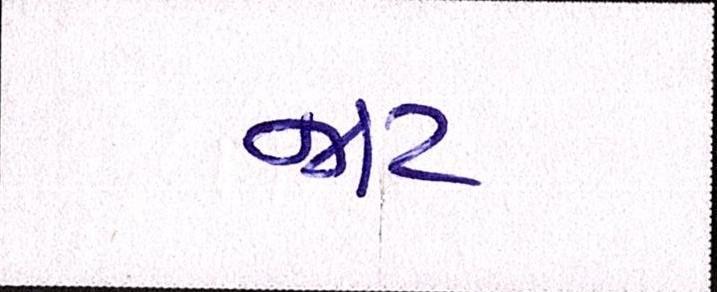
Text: જાટ